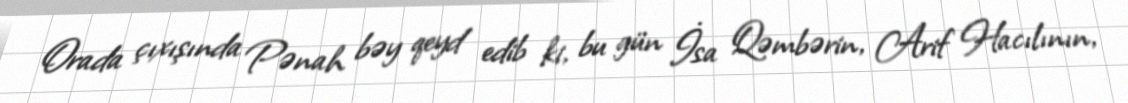
Orada çıxışında Pənah bəy qeyd edib ki, bu gün İsa Qəmbərin, Arif Hacılının,